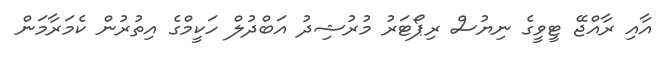
އާއި ރާއްޖޭ ޓީވީގެ ނިޔުސް ރިޕޯޓަރު މުރުޝިދު އަބްދުލް ހަކީމްގެ އިތުރުން ކެމަރާމަން